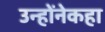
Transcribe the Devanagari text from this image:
उन्होंनेकहा